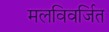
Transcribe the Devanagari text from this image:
मलविवर्जित